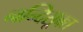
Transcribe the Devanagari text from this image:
नन्दिसूक्त